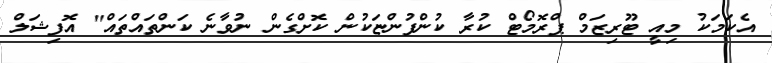
އެކަމަކު މިއީ ޓޫރިޒަމް ޕްރޮމޯޓް ކުރާ ކުންފުންޏަކުން ކޮށްގެން ނުވާނެ ކަންތައްތައް" އޮފިޝަލް